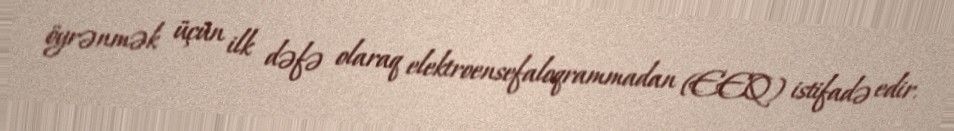
öyrənmək üçün ilk dəfə olaraq elektroensefaloqrammadan (EEQ) istifadə edir.